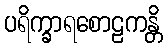
ပရိက္ခာရစောဠကန္တိ